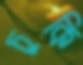
চুকি